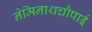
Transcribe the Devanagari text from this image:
नेमिनाथचौपाई